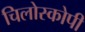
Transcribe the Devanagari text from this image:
चिलोस्कोपी